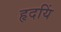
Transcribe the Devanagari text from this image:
हृदयिं